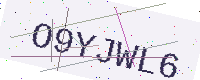
Text: O9YJWL6